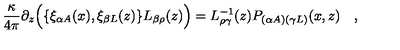
{ \frac { \kappa } { 4 \pi } } \partial _ { z } \Bigl ( \{ \xi _ { \alpha A } ( x ) , \xi _ { \beta L } ( z ) \} L _ { \beta \rho } ( z ) \Bigr ) = L _ { \rho \gamma } ^ { - 1 } ( z ) P _ { ( \alpha A ) ( \gamma L ) } ( x , z ) \quad ,